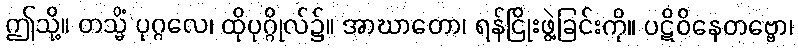
ဤသို့။ တသ္မိံ ပုဂ္ဂလေ၊ ထိုပုဂ္ဂိုလ်၌။ အာဃာတော၊ ရန်ငြိုးဖွဲ့ခြင်းကို။ ပဋိဝိနေတဗ္ဗော၊